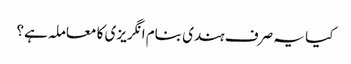
کیا یہ صرف ہندی بنام انگریزی کا معاملہ ہے؟